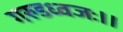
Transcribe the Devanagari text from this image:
गरुडध्वजः।।